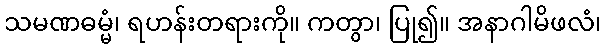
သမဏဓမ္မံ၊ ရဟန်းတရားကို။ ကတွာ၊ ပြု၍။ အနာဂါမိဖလံ၊